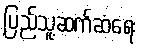
ပြည်သူ့ဆက်ဆံရေး